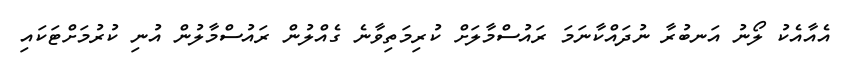
އެއާއެކު ލޯނު އަނބުރާ ނުދައްކާނަމަ ރައުސްމާލަށް ކުރިމަތިވާނެ ގެއްލުން ރައުސްމާލުން އުނި ކުރުމަށްޓަކައި